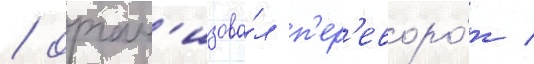
/ орган'изова́л п'ер'еворо́т /